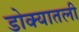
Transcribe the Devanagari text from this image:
डोक्यातली